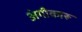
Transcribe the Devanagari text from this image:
अंगीकारू